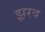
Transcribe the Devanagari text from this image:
झ़रव